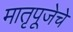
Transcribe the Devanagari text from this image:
मातृपूजेचे